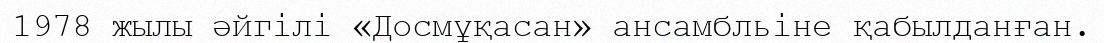
1978 жылы әйгілі «Досмұқасан» ансамбльіне қабылданған.